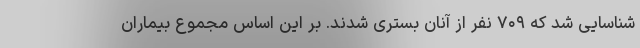
شناسایی شد که ۷۰۹ نفر از آنان بستری شدند. بر این اساس مجموع بیماران